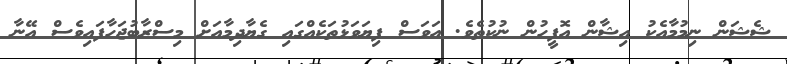
ޝެޝަން ނިމުމާއެކު އިޝާން އޮފީހުން ނުކުތެވެ. އަވަސް ފިޔަވަޅުތަކެއްގައި ގެޔާދިމާއަށް މިސްރާބުޖަހާފައިވެސް އޭނާ